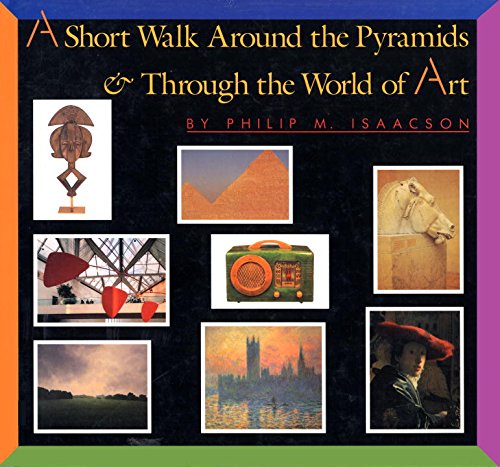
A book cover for A Short Walk Around the Pyramids & Through the World of Art; Philip M. Isaacson; Teen & Young Adult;